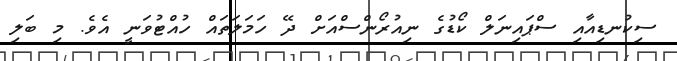
ސިކުނޑިއާއި ސްޕައިނަލް ކޯޑުގެ ނިއުރޯންސްއަށް ދޭ ހަމަލަތައް ހުއްޓުވަނީ އެވެ. މި ބަލި